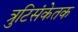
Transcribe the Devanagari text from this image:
त्रुटिसंकेतक